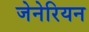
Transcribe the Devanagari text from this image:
जेनेरियन